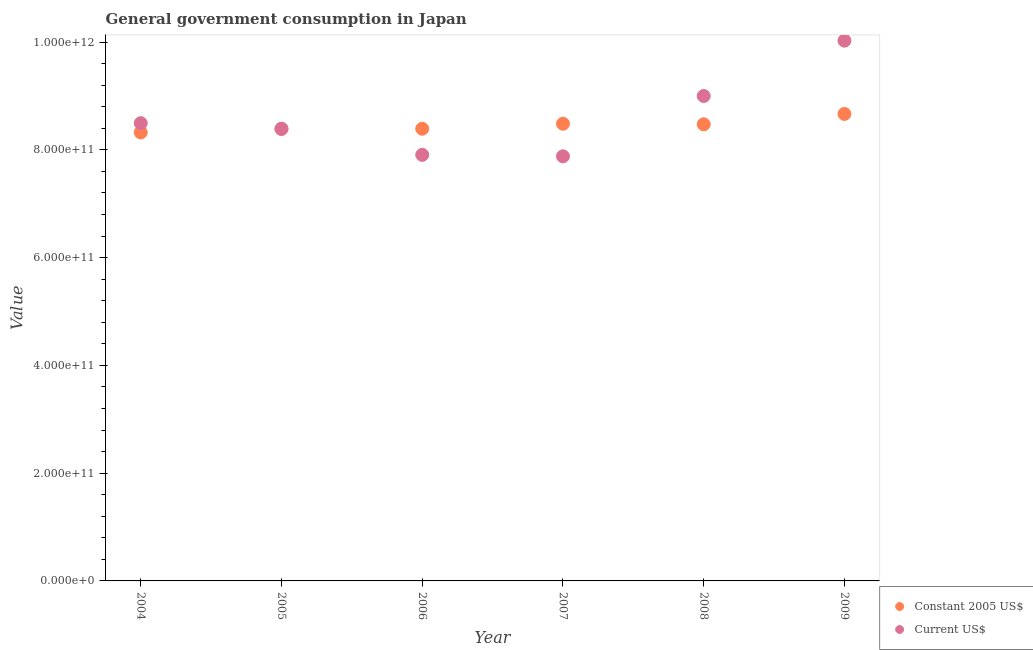
| Year | Constant 2005 US$ | Current US$ |
 | --- | --- | --- |
 | 2004 | 8.32e+11 | 8.49e+11 |
 | 2005 | 8.39e+11 | 8.39e+11 |
 | 2006 | 8.39e+11 | 7.91e+11 |
 | 2007 | 8.49e+11 | 7.88e+11 |
 | 2008 | 8.47e+11 | 9e+11 |
 | 2009 | 8.67e+11 | 1e+12 |